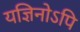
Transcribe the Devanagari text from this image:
यज्ञिनोऽपि